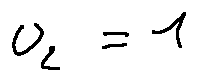
u _ { 2 } = 1